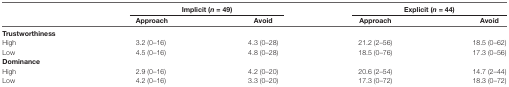
<table><thead><tr><td></td><td colspan="2"><b>Implicit (<i>n</i> = 49)</b></td><td colspan="2"><b>Explicit (<i>n</i> = 44)</b></td></tr><tr><td></td><td><b>Approach</b></td><td><b>Avoid</b></td><td><b>Approach</b></td><td><b>Avoid</b></td></tr></thead><tbody><tr><td><b>Trustworthiness</b></td><td></td><td></td><td></td><td></td></tr><tr><td>High</td><td>3.2 (0–16)</td><td>4.3 (0–28)</td><td>21.2 (2–56)</td><td>18.5 (0–62)</td></tr><tr><td>Low</td><td>4.5 (0–16)</td><td>4.8 (0–28)</td><td>18.5 (0–76)</td><td>17.3 (0–56)</td></tr><tr><td><b>Dominance</b></td><td></td><td></td><td></td><td></td></tr><tr><td>High</td><td>2.9 (0–16)</td><td>4.2 (0–20)</td><td>20.6 (2–54)</td><td>14.7 (2–44)</td></tr><tr><td>Low</td><td>4.2 (0–16)</td><td>3.3 (0–20)</td><td>17.3 (0–72)</td><td>18.3 (0–72)</td></tr></tbody></table>